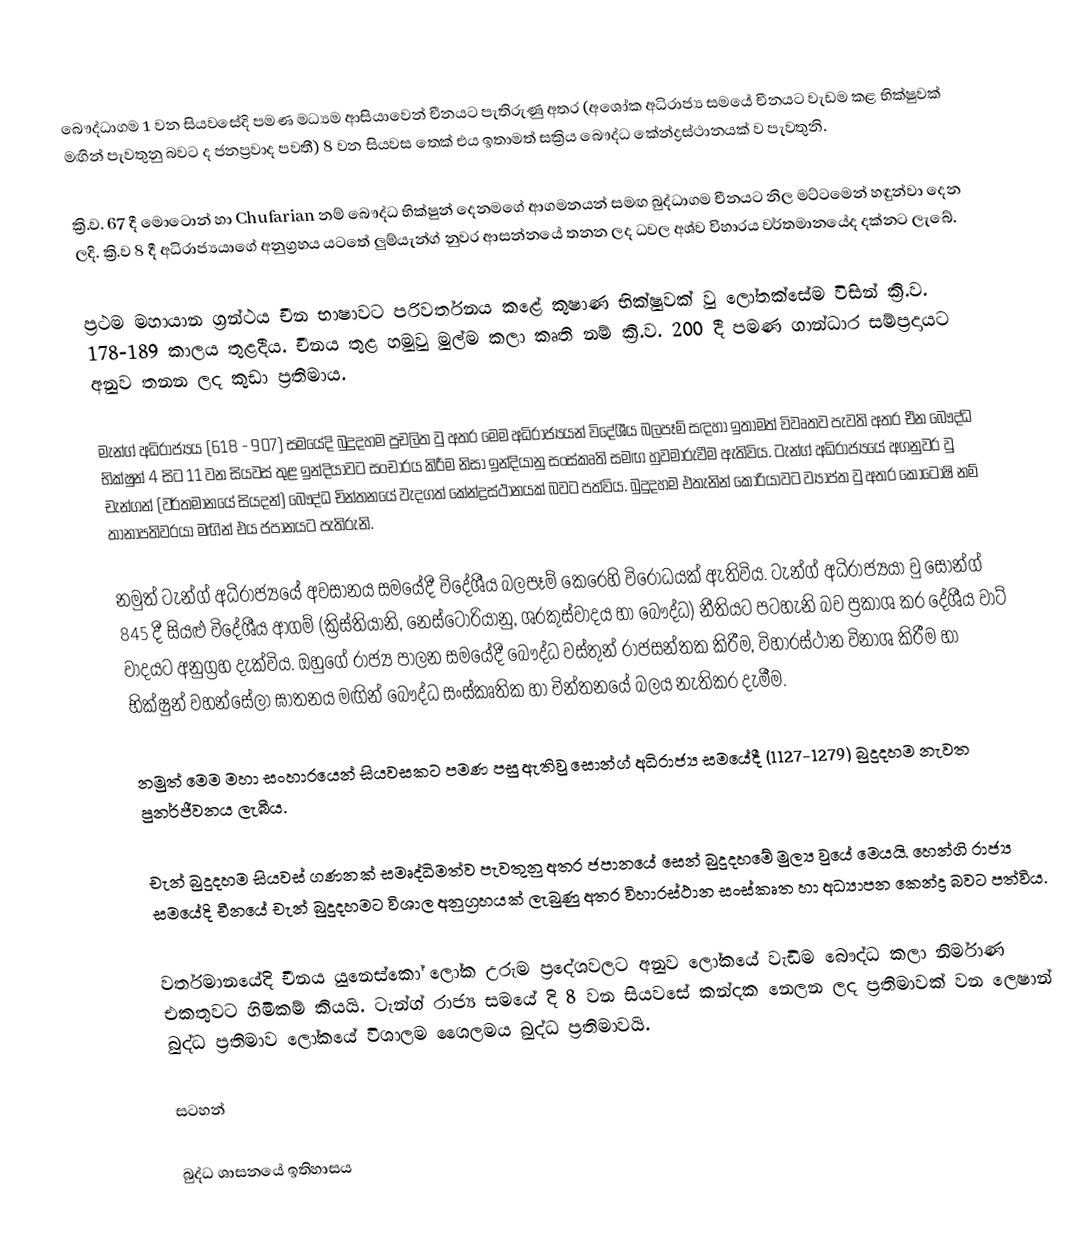
බෞද්ධාගම 1 වන සියවසේදි පමණ මධ්‍යම ආසියාවෙන් චීනයට පැතිරුණු අතර (අශෝක අධිරාජ්‍ය සමයේ චීනයට වැඩම කළ භික්ෂුවක් මඟින් පැවතුනු බවට ද ජනප්‍රවාද පවතී) 8 වන සියවස තෙක් එය ඉතාමත් සක්‍රිය බෞද්ධ කේන්ද්‍රස්ථානයක් ව පැවතුනි.

ක්‍රි.ව. 67 දී මොටොන් හා Chufarian  නම් බෞද්ධ භික්ෂුන් දෙනමගේ ආගමනයන් සමඟ බුද්ධාගම චීනයට නිල මට්ටමෙන් හඳුන්වා දෙන ලදි. ක්‍රි.ව 8 දී අධිරාජ්‍යයාගේ අනුග්‍රහය යටතේ ලුම්යැන්ග් නුවර ආසන්නයේ තනන ලද ධවල අශ්ව විහාරය වර්තමානයේද දක්නට ලැබේ.

ප්‍රථම මහායාන ග්‍රන්ථය චීන භාෂාවට පරිවර්තනය කළේ කුෂාණ භික්ෂුවක් වු ලෝතක්සේම විසින් ක්‍රි.ව. 178-189 කාලය තුළදීය. චීනය තුළ හමුවු මුල්ම කලා කෘති නම් ක්‍රි.ව. 200 දී පමණ ගාන්ධාර සම්ප්‍රදායට අනුව තනන ලද කුඩා ප්‍රතිමාය.

මැන්ග් අධිරාජ්‍යය (618 - 907) සමයේදි බුදුදහම ප්‍රචලිත වු අතර මෙම අධිරාජ්‍යයන් විදේශීය බලපෑම් සඳහා ඉතාමත් විවෘතව පැවති අතර චීන බෞද්ධ භික්ෂුන් 4 සිට 11 වන සියවස් තුළ ඉන්දියාවට සංචාරය කිරීම නිසා ඉන්දියානු සංස්කෘති සමඟ හුවමාරුවීම ඇතිවිය. ටැන්ග් අධිරාජ්‍යයේ අගනුවර වු චැන්ගන් (වර්තමානයේ සියදන්) බෞද්ධ චින්තනයේ වැදගත් කේන්ද්‍රස්ථානයක් බවට පත්විය. බුදුදහම ‍එතැනින් කොරියාවට ව්‍යාප්ත වු අතර කෝටොෂි නම් තානාපතිවරයා මඟින් එය ජපානයට පැතිරුනි.

නමුත් ටැන්ග් අධිරාජ්‍යයේ අවසානය සමයේදී විදේශීය බලපෑම් කෙරෙහි විරෝධයක් ඇතිවිය. ටැන්ග් අධිරාජ්‍යයා වු සොන්ග් 845 දී සියළු විදේශීය ආගම් (ක්‍රිස්තියානි, නෙස්ටෝරියානු, ශරකුස්වාදය හා බෞද්ධ) නීතියට පටහැනි බව ප්‍රකාශ කර දේශීය වාට් වාදයට අනුග්‍රහ දැක්විය. ඔහුගේ රාජ්‍ය පාලන සමයේදී බෞද්ධ වස්තුන් රාජසන්තක කිරීම, විහාරස්ථාන විනාශ කිරීම හා භික්ෂුන් වහන්සේලා ඝාතනය මඟින් බෞද්ධ සංස්කෘතික හා චින්තනයේ බලය නැතිකර දැමීම.

නමුත් මෙම මහා සංහාරයෙන් සියවසකට පමණ පසු ඇතිවු සොන්ග් අධිරාජ්‍ය සමයේදී (1127-1279) බුදුදහම නැවත පුනර්ජීවනය ලැබීය.

චැන් බුදුදහම සියවස් ගණනක් සමෘද්ධිමත්ව පැවතුනු අතර ජපානයේ සෙන් බුදුදහමේ මුල්‍ය වුයේ මෙයයි. හෙන්ගි රාජ්‍ය සමයේදි චීනයේ චැන් බුදුදහමට විශාල අනුග්‍රහයක් ලැබුණු අතර විහාරස්ථාන සංස්කෘත හා අධ්‍යාපන කෙන්ද්‍ර බවට පත්විය.

වර්තමානයේදි චීනය යුනෙස්කෝ ලෝක උරුම ප්‍රදේශවලට අනුව ලෝකයේ වැඩිම බෞද්ධ කලා නිර්මාණ එකතුවට හිමිකම් කියයි. ටැන්ග් රාජ්‍ය සමයේ දි 8 වන සියවසේ කන්දක නෙලන ලද ප්‍රතිමාවක් වන ලෙෂාන් බුද්ධ ප්‍රතිමාව ලෝකයේ විශාලම ශෛලමය බුද්ධ ප්‍රතිමාවයි.

සටහන්

බුද්ධ ශාසනයේ ඉතිහාසය